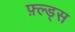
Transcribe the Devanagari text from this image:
फ़्ल्ड्स